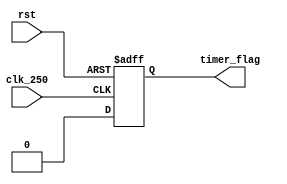
`timescale 1ns / 1ps
//////////////////////////////////////////////////////////////////////////////////
// Company: 
// Engineer: 
// 
// Design Name: 
// Module Name:    count_down 
// Project Name: 
// Target Devices: 
// Tool versions: 
// Description: 
//
// Dependencies: 
//
// Revision: 
// Revision 0.01 - File Created
// Additional Comments: 
//
//////////////////////////////////////////////////////////////////////////////////
module count_down(
    input clk_250,
	 input rst,
    output reg timer_flag
    );
	 
reg [1:0] time_remaining;
	 
initial begin time_remaining = 2'b11;
end

always @(posedge clk_250 or negedge rst)
begin
	if(!rst)
	begin
		time_remaining <= 2'b11;
		timer_flag = 0;
	end
	
	else if (time_remaining > 2'b00)
	begin
		time_remaining <= time_remaining - 1;
		timer_flag = 0;
	end
	
	else if (time_remaining == 2'b00)
	begin
		time_remaining <= 0;
		timer_flag = 0;
	end
	
	else
	begin
		time_remaining <= 2'b11;
		timer_flag = 0;
	end
end

endmodule